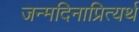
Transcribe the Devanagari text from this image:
जन्मदिनाप्रित्यर्थ